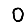
Digit: 0